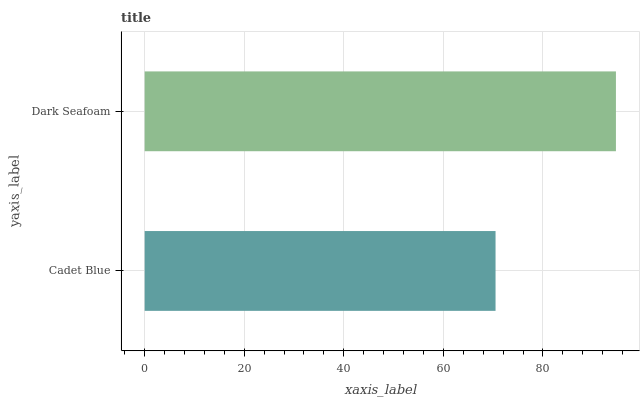
| yaxis_label | bars |
 | --- | --- |
 | Cadet Blue | 70.5 |
 | Dark Seafoam | 94.7 |